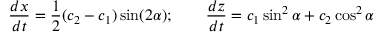
\frac { d x } { d t } = \frac { 1 } { 2 } ( c _ { 2 } - c _ { 1 } ) \sin ( 2 \alpha ) ; \qquad \frac { d z } { d t } = c _ { 1 } \sin ^ { 2 } \alpha + c _ { 2 } \cos ^ { 2 } \alpha